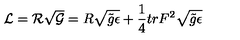
{ \cal L } = { \cal R } \sqrt { \cal G } = { R } \sqrt { \tilde { g } \epsilon } + \frac { 1 } { 4 } t r { F } ^ { 2 } \sqrt { \tilde { g } \epsilon }